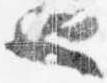
也